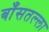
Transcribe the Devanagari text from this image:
बाँसतल्‍ला